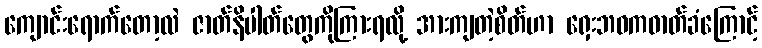
ကျောင်းရောက်တော့လဲ ဇာတ်နိပါတ်တွေကိုကြားရလို့ အားကျတဲ့စိတ်ဟာ ရှေးဘဝကဓာတ်ခံကြောင့်